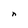
Character: n